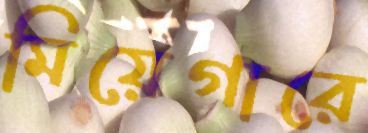
মিয়েগারে